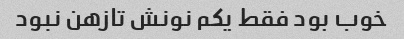
خوب بود فقط یکم نونش تازهن نبود